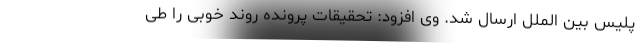
پلیس بین الملل ارسال شد. وی افزود: تحقیقات پرونده روند خوبی را طی